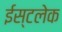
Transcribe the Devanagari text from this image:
ईस्टलेक